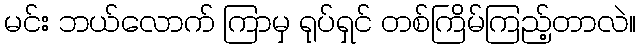
မင်း ဘယ်လောက် ကြာမှ ရုပ်ရှင် တစ်ကြိမ်ကြည့်တာလဲ။